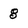
Character: 8